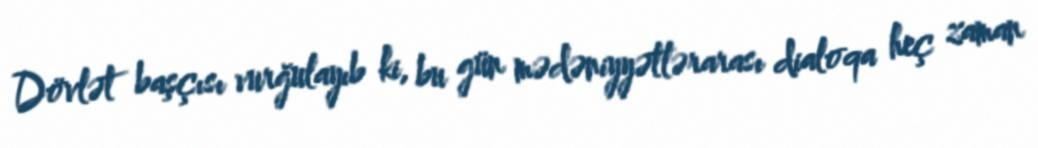
Dövlət başçısı vurğulayıb ki, bu gün mədəniyyətlərarası dialoqa heç zaman